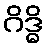
ဂိဒ္ဓိ